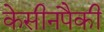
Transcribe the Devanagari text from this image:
केसीनपैकी